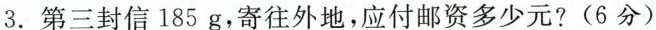
3.第三封信185g，寄往外地，应付邮资多少元?(6分)